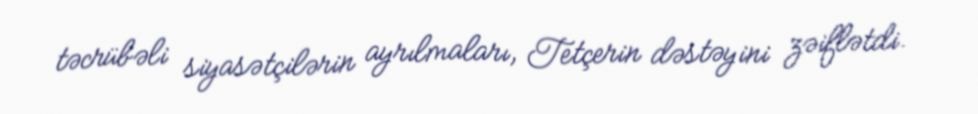
təcrübəli siyasətçilərin ayrılmaları, Tetçerin dəstəyini zəiflətdi.